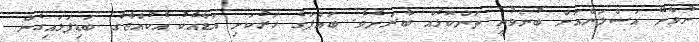
ނުވާނޭ އަސްލަންއަށް ބުނެވުނީ ތަންކޮޅެއް ބާރަށެވެ. ބައްޕަގެ ހަރުކަށި އަޑާއެކު އެކުއްޖާގެ ބަޑިފަޅައިގެން